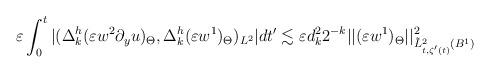
LaTeX: \begin{align*}\begin{aligned}&\varepsilon\int_0^t{|(\Delta^h_k(\varepsilon w^2\partial_yu)_\Theta, \Delta^h_k(\varepsilon w^1)_\Theta)_{L^2}|dt'}\lesssim\varepsilon d_k^22^{-k}||(\varepsilon w^1)_\Theta||^2_{\tilde L^2_{t, \zeta'(t)}(B^1)}\\&\end{aligned}\end{align*}